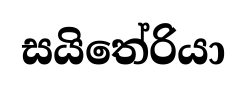
සයිතේරියා